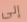
إلى